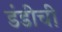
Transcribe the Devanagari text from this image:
डंडीची